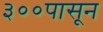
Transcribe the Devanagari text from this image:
३००पासून